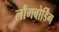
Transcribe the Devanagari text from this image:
लौंगबोर्डिंग